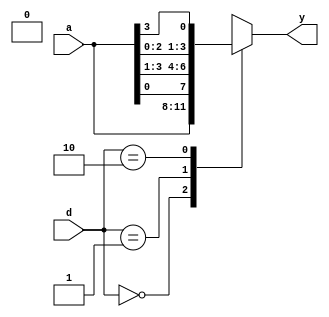
module SHIFT_4(
	input [3:0]a,
	input [1:0]d,
	output reg [3:0]y
);

	always@(a or d)
		begin
			case(d)
				2'b00: y = a;
				2'b01: y = {a[0],a[3:1]};
				2'b10: y = {a[2:0],a[3]};
				default: y = 3'bx;
			endcase
	   end
		
endmodule